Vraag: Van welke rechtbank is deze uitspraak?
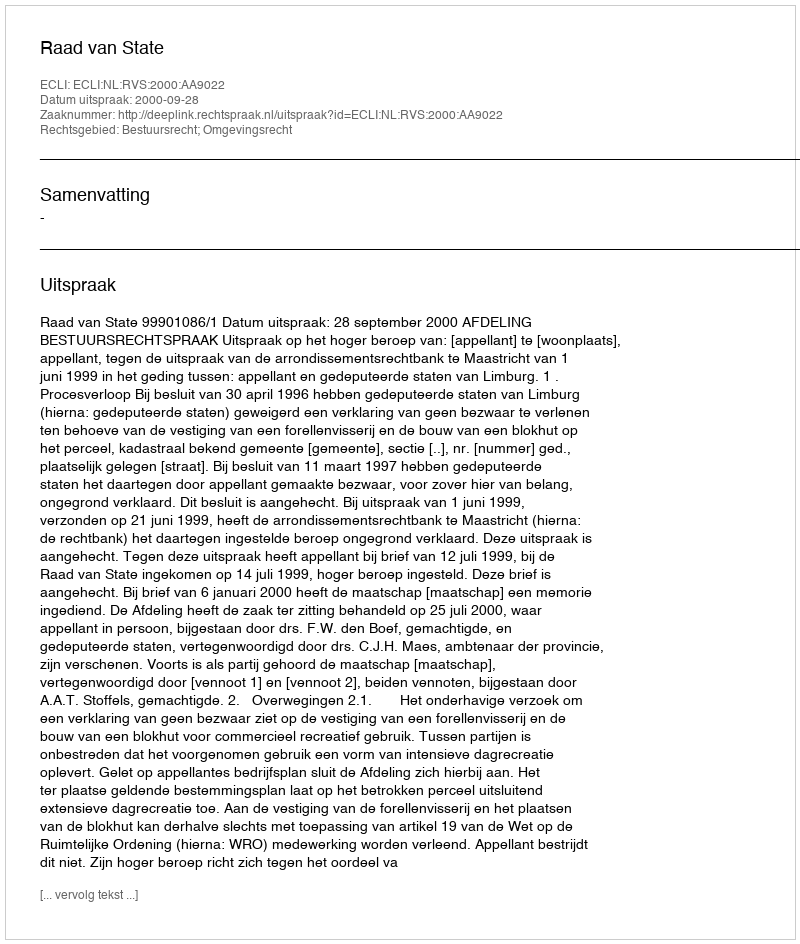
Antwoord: Raad van State